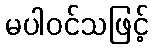
မပါဝင်သဖြင့်